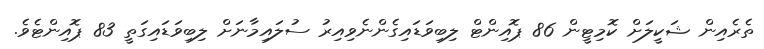
ތެރެއިން ޝަކީލަށް ކޮމިޓީން 86 ޕޮއިންޓް ލިބިވަޑައިގެންނެވިއިރު ސުލައިމާނަށް ލިބިވަޑައިގަތީ 83 ޕޮއިންޓެވެ.